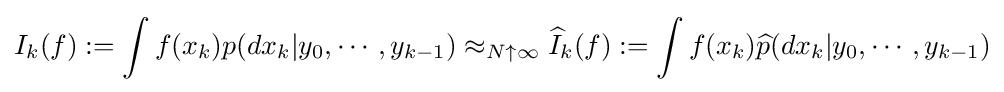
I_{k}(f):=\int f(x_{k})p(dx_{k}|y_{0},\cdots ,y_{k-1})\approx _{N\uparrow \infty }{\widehat {I}}_{k}(f):=\int f(x_{k}){\widehat {p}}(dx_{k}|y_{0},\cdots ,y_{k-1})